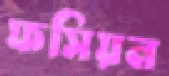
ফসিয়ন